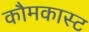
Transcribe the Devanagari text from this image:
कौमकास्ट